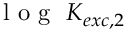
\mathrm { ~ l ~ o ~ g ~ } ~ K _ { e x c , 2 }